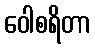
ဝေါစရိတာ